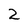
Character: 2